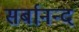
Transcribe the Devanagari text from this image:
सर्बानन्द